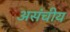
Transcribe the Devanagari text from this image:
असंचीय